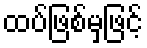
ထပ်ဖြစ်မှဖြင့်